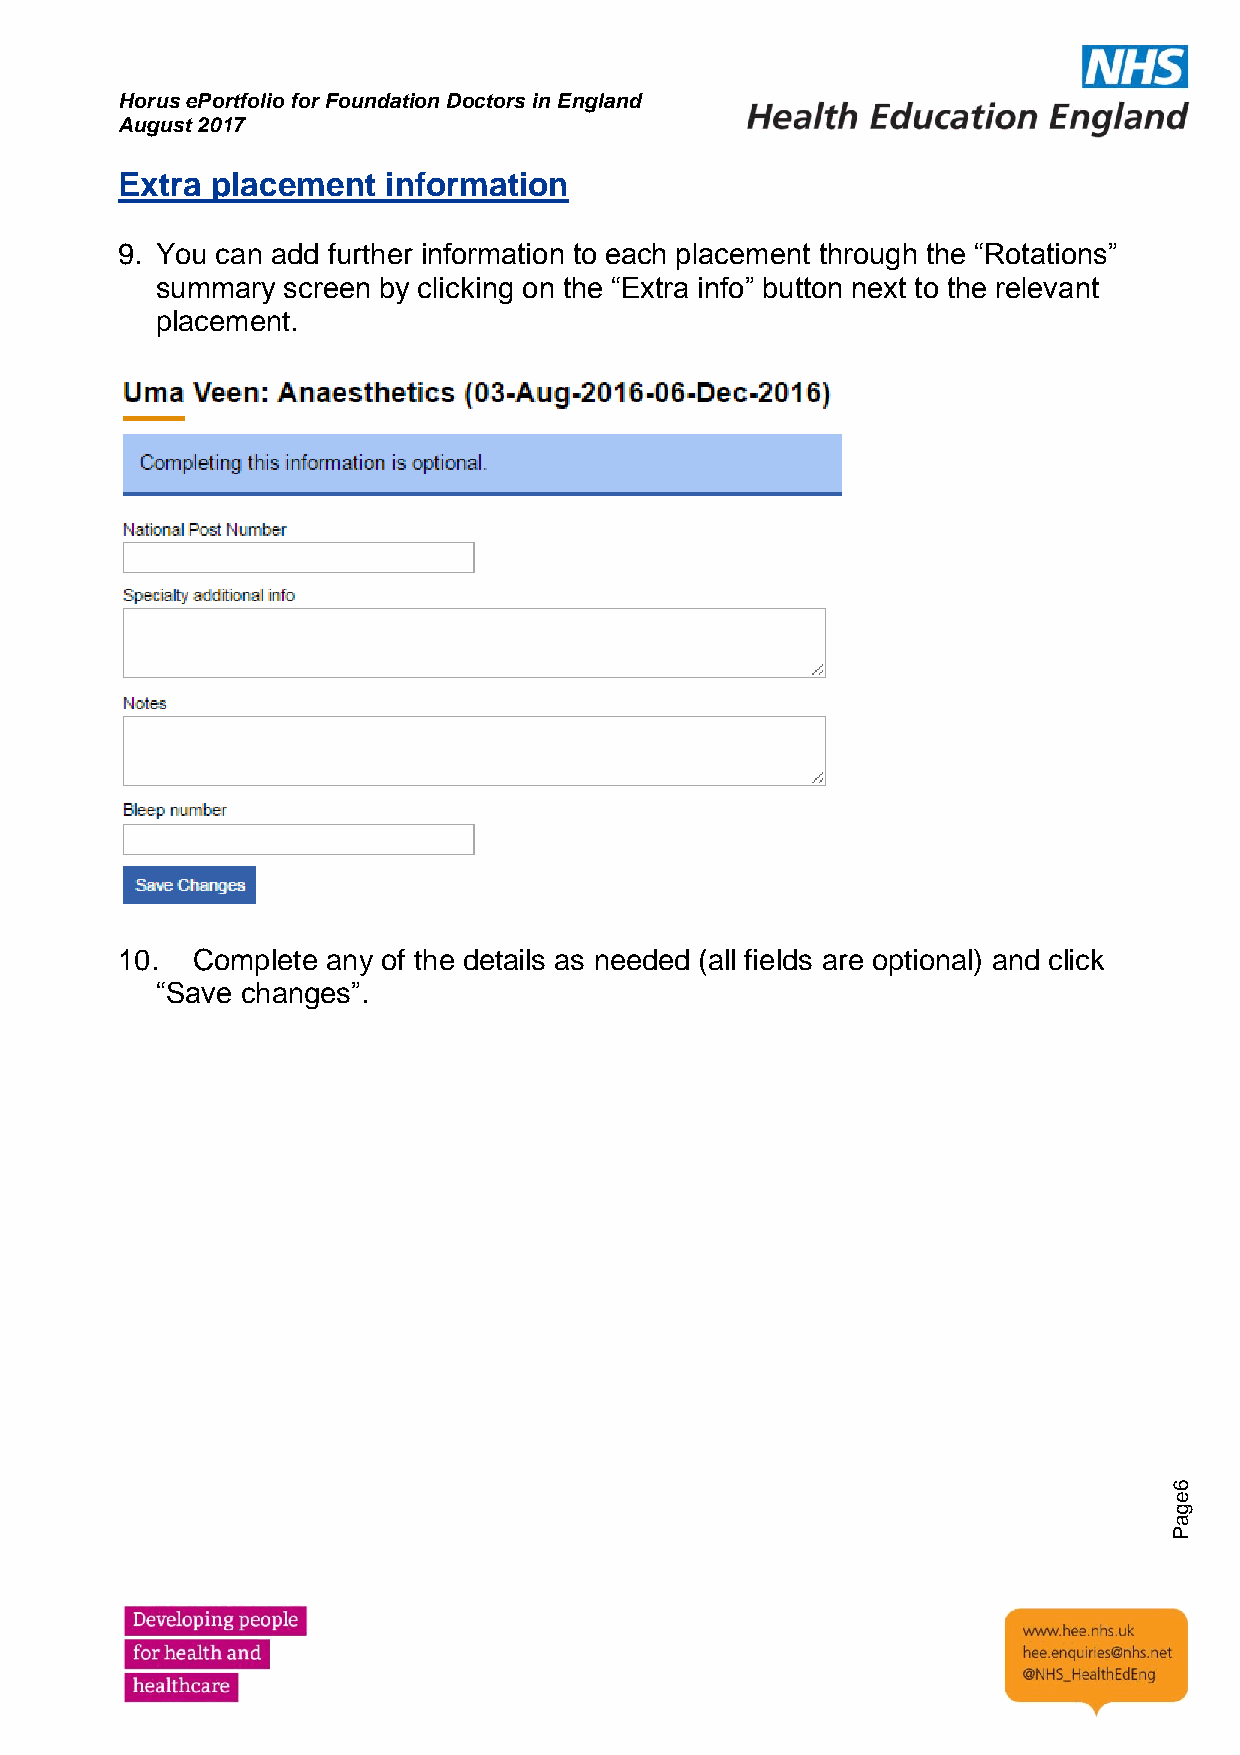
Horus ePortfolio for Foundation Doctors in England
 August 2017
 Extra placement   information
 9. You can add further information to each placement through the “Rotations”
 summary  screen by clicking on the “Extra info” button next to the relevant
 placement.
 10.  Complete any of the details as needed (all fields are optional) and click
 “Save changes”.
 6
 e
 g
 a
 P